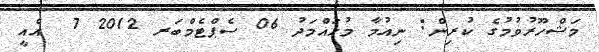
މަޝްހޫރުވުމުގެ ކުރިން: ނިއުމާ މުހައްމަދު 06 ސެޕްޓެމްބަރ 2012 7  އެއީ